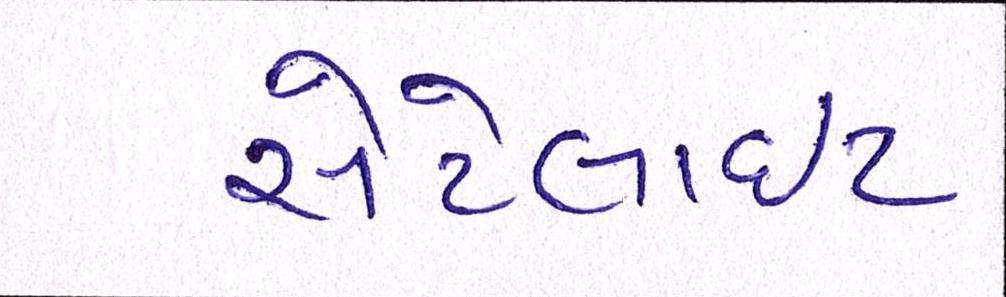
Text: સેટેલાઈટ